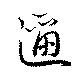
邇